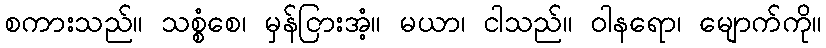
စကားသည်။ သစ္စံစေ၊ မှန်ငြားအံ့။ မယာ၊ ငါသည်။ ဝါနရော၊ မျောက်ကို။